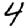
Digit: 4